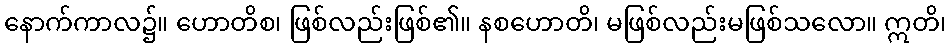
နောက်ကာလ၌။ ဟောတိစ၊ ဖြစ်လည်းဖြစ်၏။ နစဟောတိ၊ မဖြစ်လည်းမဖြစ်သလော။ ဣတိ၊